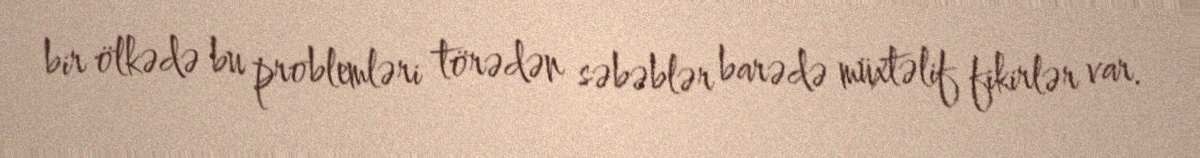
bir ölkədə bu problemləri törədən səbəblər barədə müxtəlif fikirlər var.